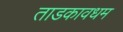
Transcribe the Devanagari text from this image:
ताडकावधम